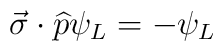
\vec{\sigma }\cdot \widehat{p}\psi _{L}=-\psi _{L}